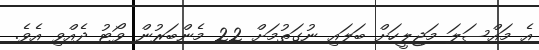
އެ މައްސަލަ މަޖިލީހަށް ބަލައި ނުގަތުމަށް 22 މެންބަރުން ވޯޓު ދެއްވި އެވެ.